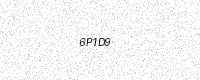
Text: 6P1D9